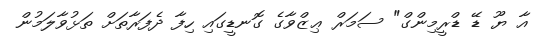
އާ ޔޫ ޑޭ ޑްރީމިންގް" ސަމަރް ޢިޒްވާގެ ގޮނޑީގައި ހިފާ ދެފަރާތަށް ތަޅުވާލަމުން